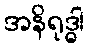
အနိရုဒ္ဓါ